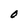
Character: O